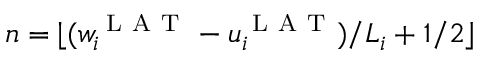
n = \lfloor ( w _ { i } ^ { \mathrm { ~ L ~ A ~ T ~ } } - u _ { i } ^ { \mathrm { ~ L ~ A ~ T ~ } } ) / L _ { i } + 1 / 2 \rfloor